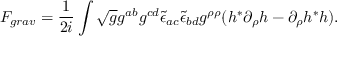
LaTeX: { \cal F } _ { g r a v } = \frac { 1 } { 2 i } \int \sqrt { g } g ^ { a b } g ^ { c d } \tilde { \epsilon } _ { a c } \tilde { \epsilon } _ { b d } g ^ { \rho \rho } ( h ^ { * } \partial _ { \rho } h - \partial _ { \rho } h ^ { * } h ) .